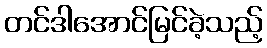
တင်ဒါအောင်မြင်ခဲ့သည့်